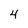
Character: 4